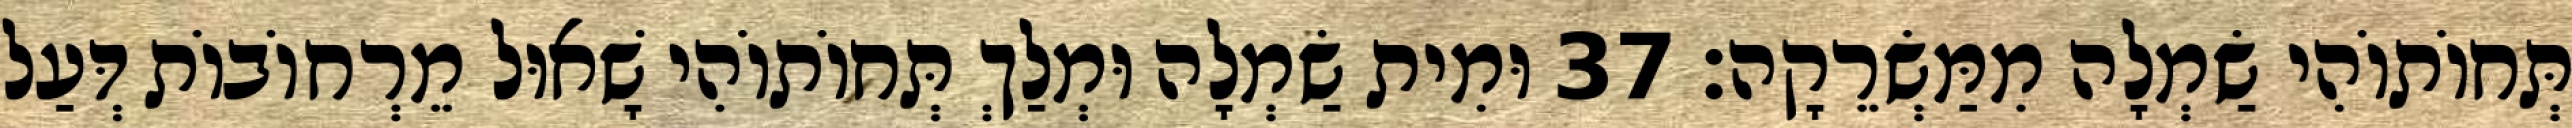
תְּחוֹתוֹהִי שַׂמְלָה מִמַּשְׂרֵקָה׃ 37 וּמִית שַׂמְלָה וּמְלַךְ תְּחוֹתוֹהִי שָׁאוּל מֵרְחוֹבוֹת דְּעַל